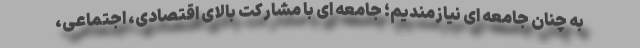
به چنان جامعه ای نیازمندیم؛ جامعه ای با مشارکت بالای اقتصادی، اجتماعی،